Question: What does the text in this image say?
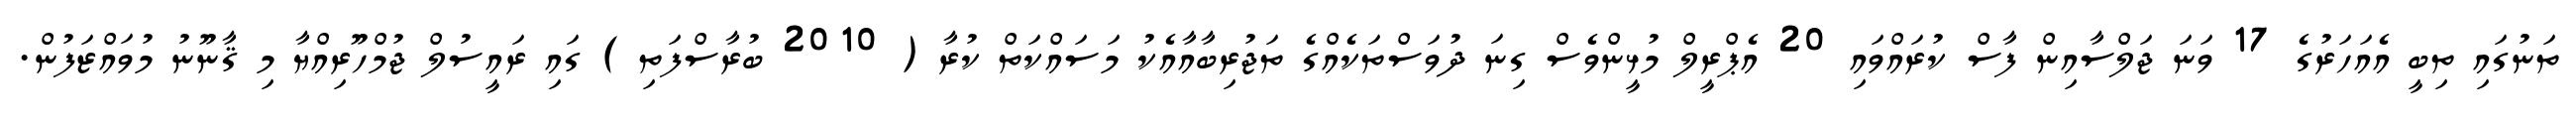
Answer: ތަނުގައި ތިބީ އެއަހަރުގެ 17 ވަނަ ޖަލްސާއިން ފާސް ކުރައްވައި 20 އެޕްރީލް މުޅީންވެސް ގިނަ ދުވަސްތަކެއްގެ ތަޖުރިބާއާއެކު މަސައްކަތް ކުރާ ( 2010 ބުރާސްފަތި ) ގައި ރައީސުލް ޖުމްހޫރިއްޔާ މި ޤާނޫނު މުވައްޒަފުން.